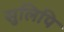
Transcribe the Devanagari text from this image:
सुलिपि